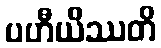
ပဟီယိဿတိ